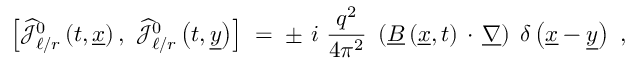
\left[ \widehat { { \mathcal J } } _ { \ell / r } ^ { 0 } \left( t , \underline { { { x } } } \right) , ~ \widehat { { \mathcal J } } _ { \ell / r } ^ { 0 } \left( t , \underline { { { y } } } \right) \right] \; = \; \pm ~ i ~ \frac { q ^ { 2 } } { 4 \pi ^ { 2 } } ~ \left( \underline { { { B } } } \left( \underline { { { x } } } , t \right) \, \cdot \, \underline { { { \nabla } } } \right) \; \delta \left( \underline { { { x } } } - \underline { { { y } } } \right) ~ ,